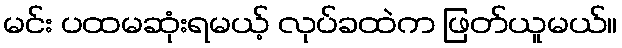
မင်း ပထမဆုံးရမယ့် လုပ်ခထဲက ဖြတ်ယူမယ်။